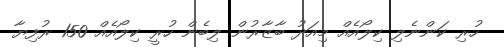
ހުރި ކަންނެލި ކިލޯއެއް މިއަދު ބާޒާރުން ލިބެން ހުރީ ކިލޯއެއް 150 ރުފިޔާ